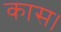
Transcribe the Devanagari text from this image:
कास।